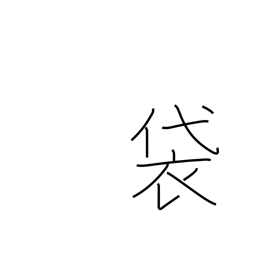
Meaning: pouch